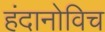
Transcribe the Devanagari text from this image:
हंदानोविच